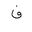
Letter: _fa